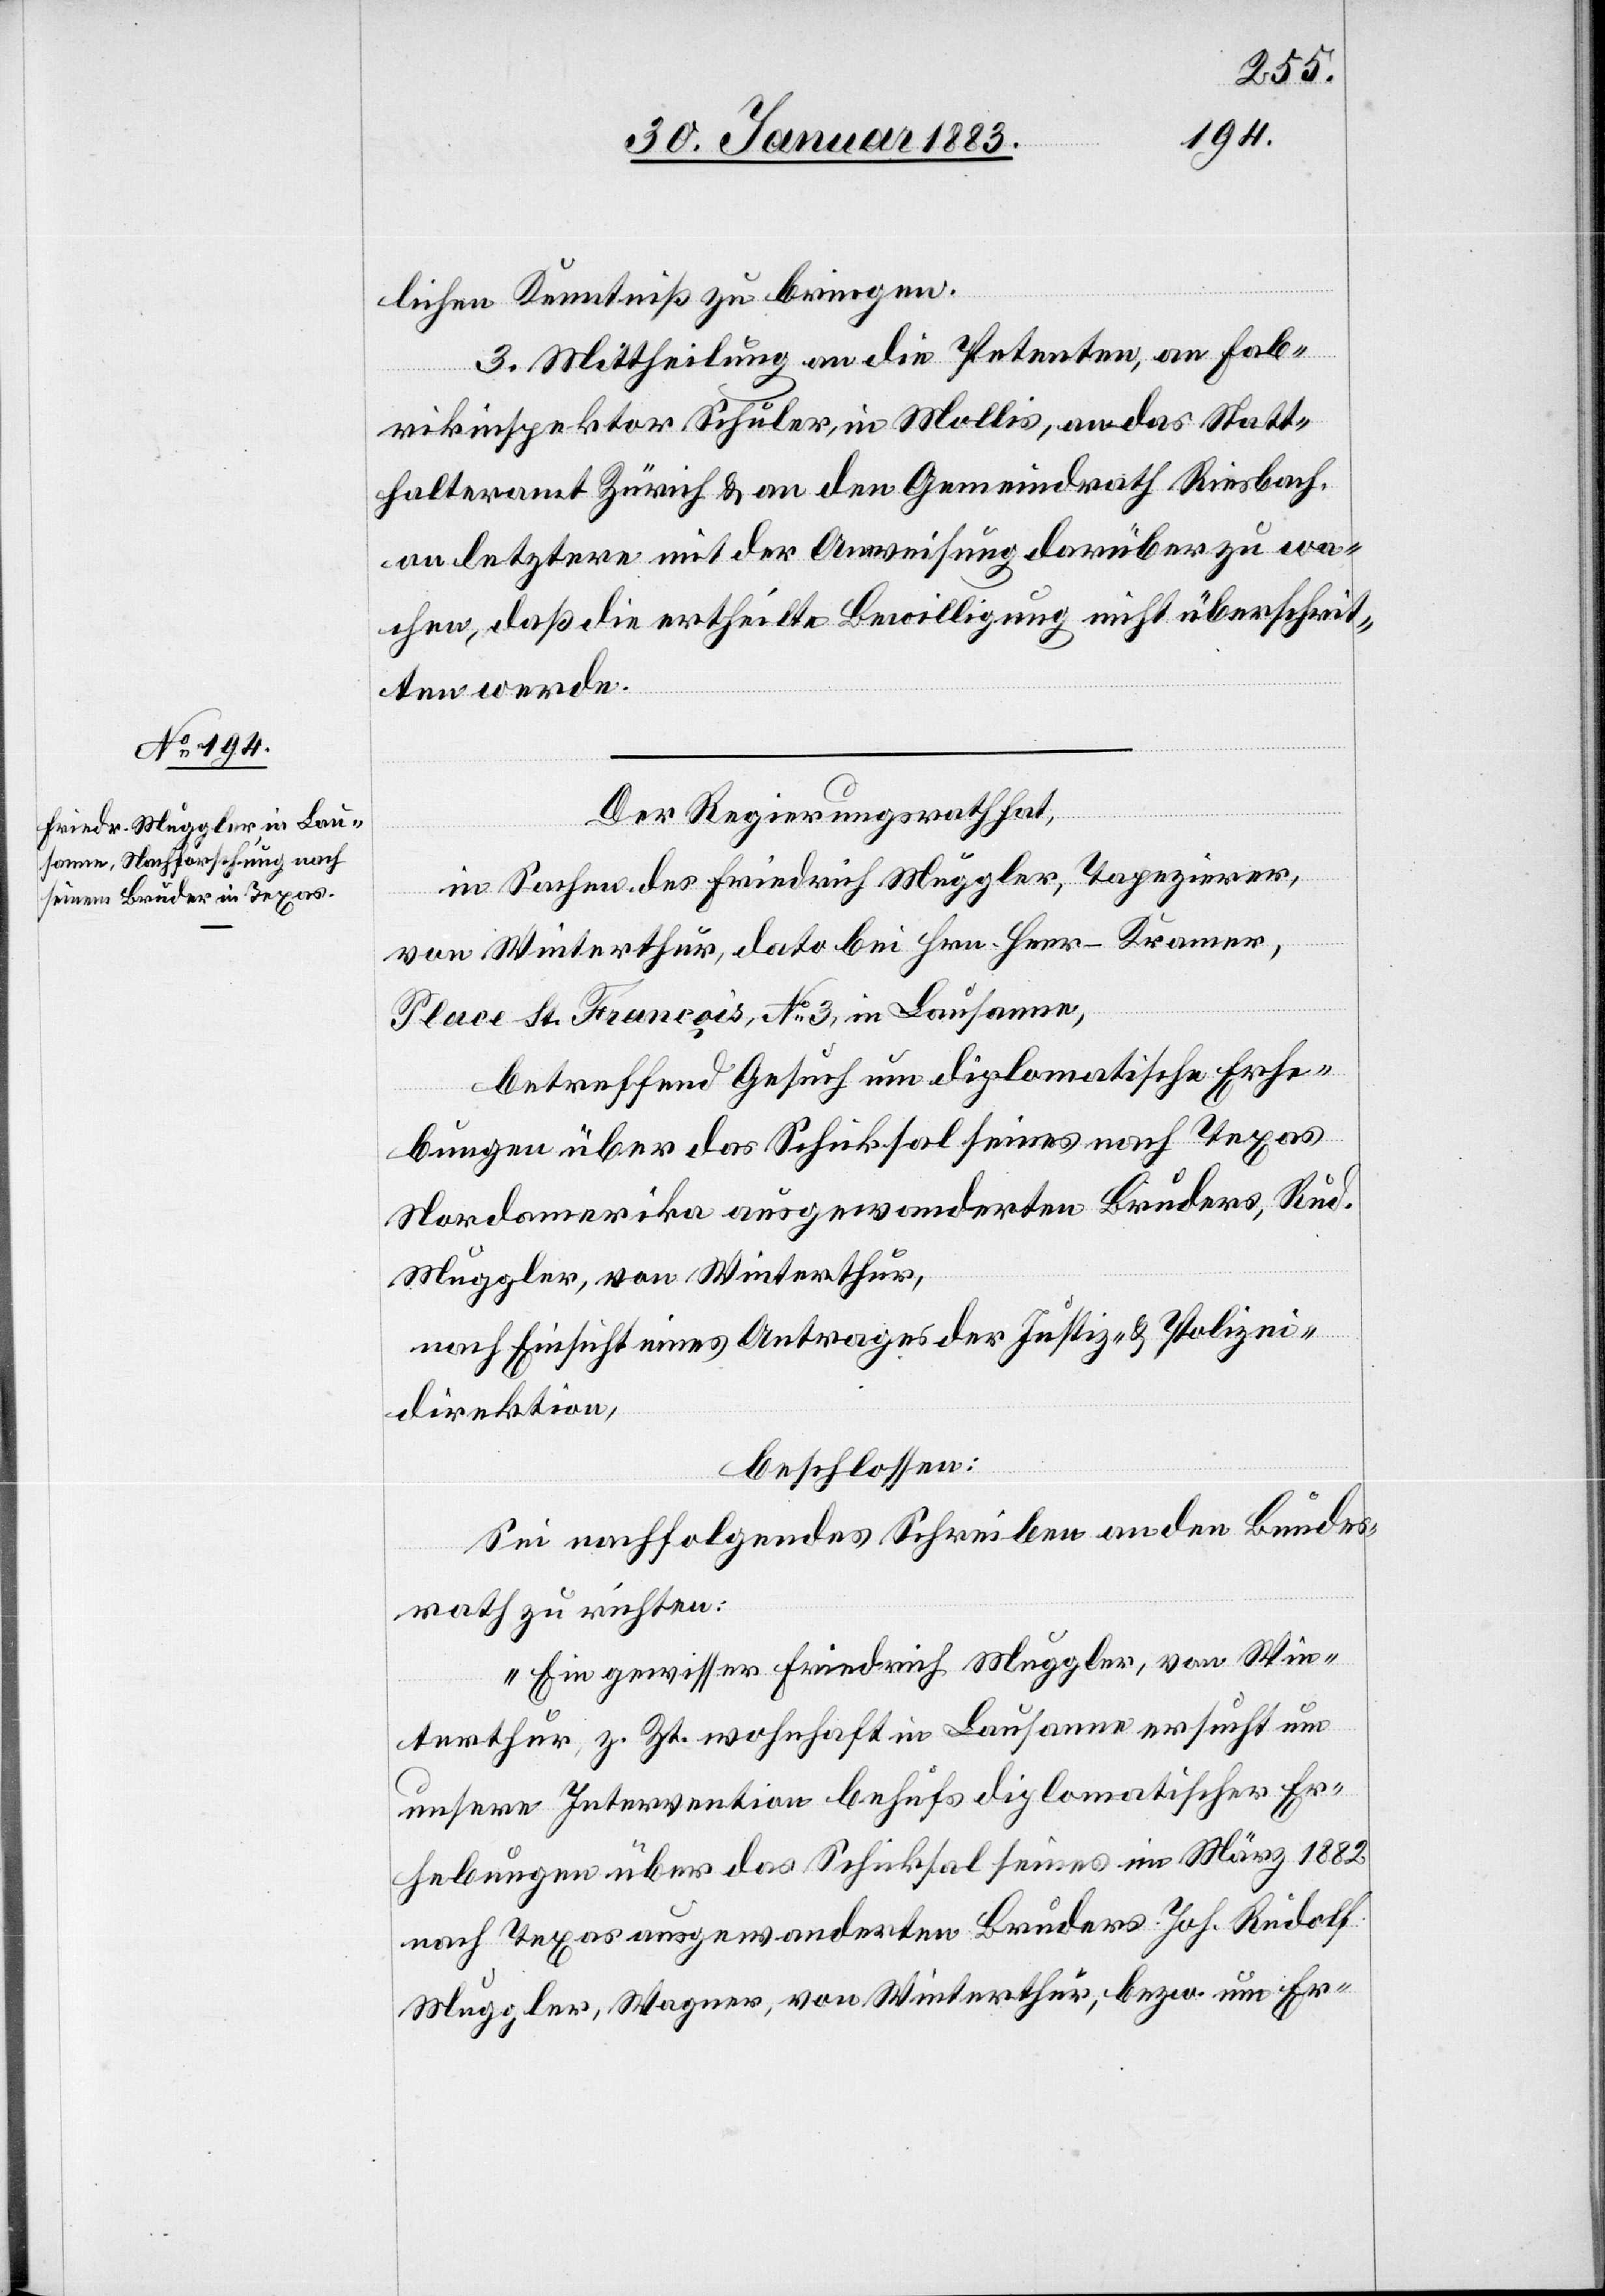
lichen Kenntniß zu bringen.
3. Mittheilung an die Petenten, an Fab¬
rikinspektor Schuler, in Mollis, an das Statt¬
halteramt Zürich & an den Gemeindrath Riesbach,
an letztere mit der Anweisung darüber zu wa¬
chen, daß die ertheilte Bewilligung nicht überschrit¬
ten werde.
Der Regierungsrath hat,
in Sachen des Friedrich Muggler, Tapezierer,
von Winterthur, dato bei Hrn. Heer-Kramer,
Place St. François, No 3, in Lausanne,
betreffend Gesuch um diplomatische Erhe¬
bungen über das Schicksal seines nach Texas
Nordamerika ausgewanderten Bruders, Rud.
Muggler, von Winterthur,
nach Einsicht eines Antrages der Justiz- & Polizei¬
direktion,
beschlossen:
Sei nachfolgendes Schreiben an den Bundes¬
rath zu richten:
„Ein gewisser Friedrich Muggler, von Win¬
terthur, z. Zt. wohnhaft in Lausanne ersucht um
unsere Intervention behufs diplomatischer Er¬
hebungen über das Schicksal seines im März 1882
nach Texas ausgewanderten Bruders Joh. Rudolf
Muggler, Wagner, von Winterthur, bezw. um Er-